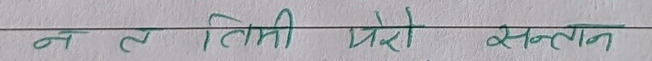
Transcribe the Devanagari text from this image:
न त तिमी मेरो सन्तान